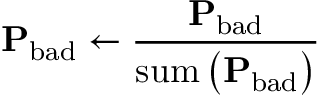
\mathbf { P } _ { \mathrm { b a d } } \leftarrow \frac { \mathbf { P } _ { \mathrm { b a d } } } { \mathrm { s u m } \left( \mathbf { P } _ { \mathrm { b a d } } \right) }